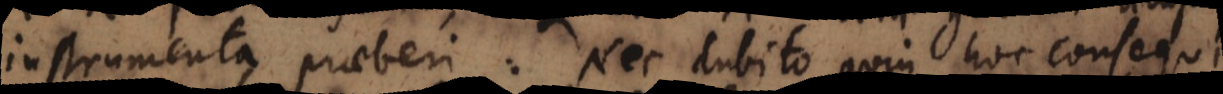
instrumenta praeberi: Nec dubito quin hoc consequi